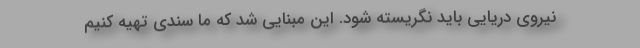
نیروی دریایی باید نگریسته شود. این مبنایی شد که ما سندی تهیه کنیم